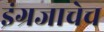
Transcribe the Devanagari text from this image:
इंग्रजाचेच